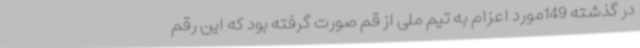
در گذشته 149مورد اعزام به تیم ملی از قم صورت گرفته بود که این رقم